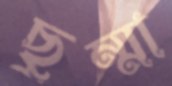
ছুম্মা